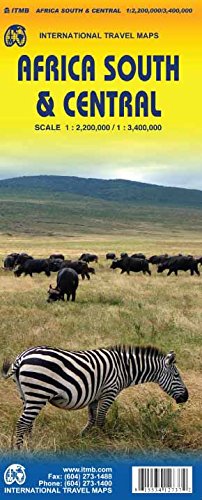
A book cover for Africa South & Central Travel Reference Map 1:2.2M/3.4M; ITMB Publishing LTD; Travel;